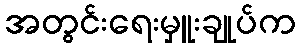
အတွင်းရေးမှူးချုပ်က